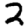
Digit: 2